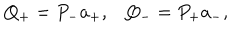
Q _ { + } = P _ { - } a _ { + } , Q _ { - } = P _ { + } a _ { - } ,